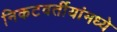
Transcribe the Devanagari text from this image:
निकटवर्तीयांमध्ये